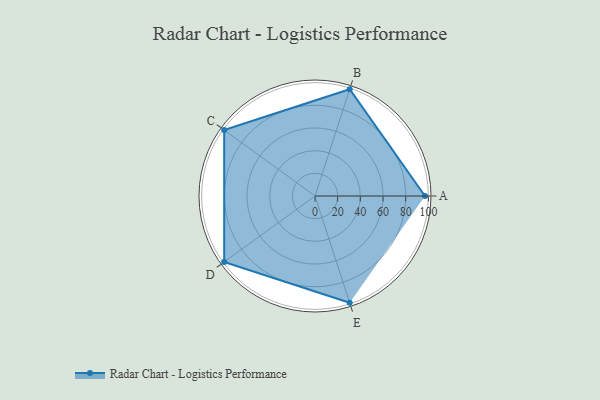
{"axis": {"x": "Skill", "y": "Score"}, "legend": ["Profile"], "data": [{"x": "A", "y": 97.0, "type": "Profile"}, {"x": "B", "y": 99.0, "type": "Profile"}, {"x": "C", "y": 99, "type": "Profile"}, {"x": "D", "y": 99, "type": "Profile"}, {"x": "E", "y": 99, "type": "Profile"}]}